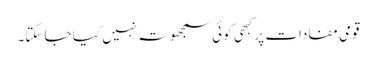
قومی مفادات پر کبهی کوئی سمجھوتہ نہیں کیا جا سکتا۔